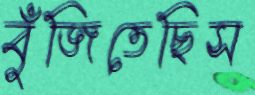
বুঁজিতেছিস